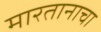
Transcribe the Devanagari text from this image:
मारतानाचा